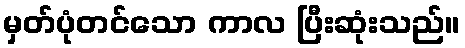
မှတ်ပုံတင်သော ကာလ ပြီးဆုံးသည်။